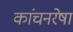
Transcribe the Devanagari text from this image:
कांचनरेषा